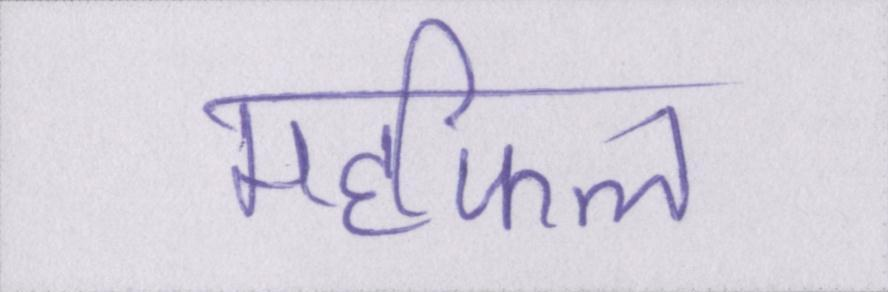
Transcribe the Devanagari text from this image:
महफिल